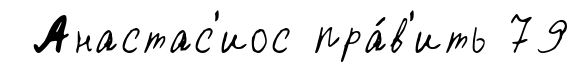
Анастас'иос пра́в'ить 79